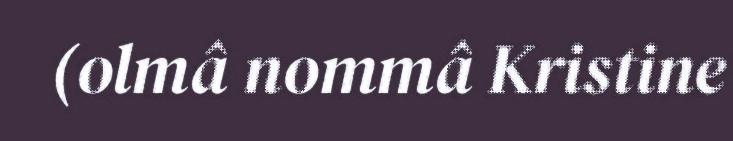
(olmâ nommâ Kristine